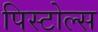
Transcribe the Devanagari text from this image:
पिस्टोल्स